Lunatic asylums Bombay report 1891-1903 - 1891-1903
Year: 1891
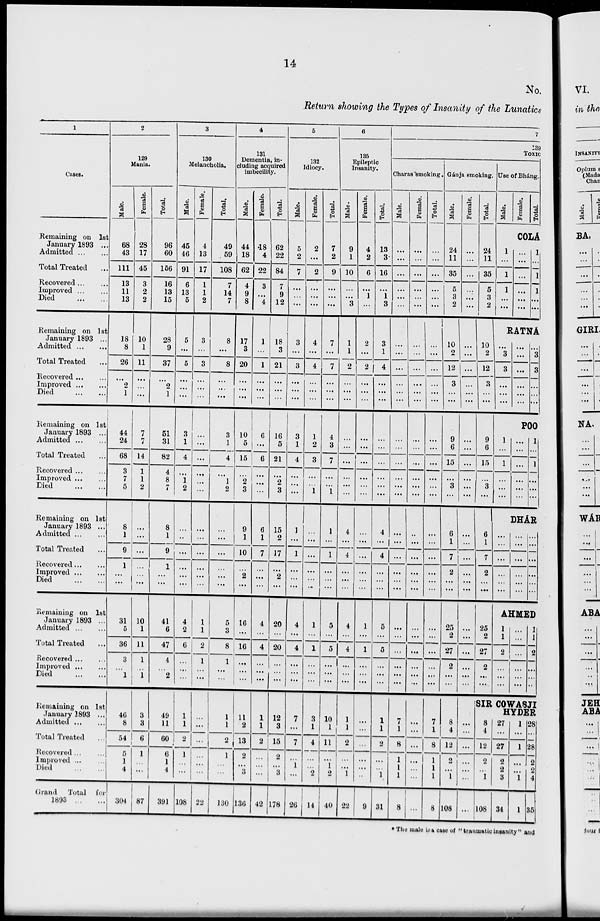
14
No.
Return showing the Types of Insanity of the Lunatics
1
Cases.
Remaining on 1st
January 1893 ...
Admitted
...
...
Total Treated ...
Recovered ... ...
Improved
...
...
Died
...
...
Remaining on 1st
January 1893 ...
Admitted
...
...
Total Treated ...
Recovered ... ...
Improved
...
...
Died
...
...
Remaining on 1st
January 1893 ...
Admitted
...
...
Total Treated ...
Recovered ... ...
Improved ... ...
Died
...
...
Remaining
on 1st
January 1893 ...
Admitted ... ...
Total Treated ...
Recovered ... ...
Improved
...
...
Died ... ...
Remaining on 1st
January 1893 ...
Admitted
...
...
Total Treated ...
Recovered ... ...
Improved
...
...
Died ... ...
Remaining on 1st
January 1893 ...
Admitted
...
...
Total Treated ...
Recovered ... ...
Improved ... ...
Died
...
...
Grand
Total for
1893
...
...
2
129
Mania.
Male.
68
43
111
13
11
13
18
8
26
...
2
1
44
24
68
3
7
5
8
1
9
1
...
...
31
5
36
3
...
1
46
8
54
5
1
4
304
Female.
28
17
45
3
2
2
10
1
11
...
...
...
7
7
14
1
1
2
...
...
...
...
...
...
10
1
11
1
...
1
3
3
6
1
...
...
87
Total.
96
60
166
16
13
15
28
9
37
...
2
1
51
31
82
4
8
7
8
1
9
1
...
...
41
6
47
4
...
2
49
11
60
6
1
4
391
3
130
Melancholia.
Male.
45
46
91
6
13
5
5
...
5
...
...
...
3
1
4
. . .
1
2
...
...
...
...
...
...
4
2
6
...
...
...
1
1
2
1
...
...
108
Female.
4
13
17
1
1
2
3
...
3
...
...
...
...
...
...
...
...
...
...
...
...
...
...
...
1
1
2
1
...
...
...
...
...
...
...
...
22
Total.
49
59
108
7
14
7
8
...
8
...
...
...
3
1
4
...
1
2
...
...
...
...
...
...
5
3
8
1
...
...
1
1
2
1
...
...
130
4
131
Dementia, in-
cluding acquired
imbecility.
Male.
44
18
62
4
9
8
17
3
20
...
...
...
10
5
15
...
2
3
9
1
10
...
2
...
16
...
16
...
...
...
11
2
13
2
3
136
Female.
18
4
22
3
...
4
1
...
1
...
...
...
6
...
6
...
....
...
6
1
7
...
...
...
4
...
4
...
...
...
1
1
2
...
...
...
42
Total.
62
22
84
7
9
12
18
3
21
...
...
...
16
5
21
...
2
3
15
2
17
...
2
...
20
...
20
...
...
...
12
3
15
2
...
3
178
5
132
Idiocy.
Male.
5
2
7
...
...
...
3
...
3
...
...
...
3
1
4
...
...
...
1
...
1
...
...
...
4
...
4
...
...
...
7
...
7
...
1
...
26
Female.
2
...
2
...
...
...
4
. . .
4
...
...
...
1
2
3
...
...
1
...
...
...
...
...
...
1
...
1
...
...
...
3
1
4
...
...
2
14
Total.
7
2
9
...
...
...
7
. . .
7
...
...
...
4
3
7
...
. . .
1
1
...
1
...
...
...
5
...
5
...
...
...
10
1
11
...
1
2
40
6
135
Epileptic
Insanity.
Male.
9
1
10
...
...
3
1
1
2
...
...
...
...
...
...
...
...
...
4
...
4
...
...
...
4
...
4
...
...
...
1
1
2
...
...
1
22
Female.
4
2
6
...
1
...
2
...
2
...
...
...
...
...
...
...
...
...
...
...
...
...
...
...
1
...
1
...
...
...
...
...
...
...
...
..
9
Total.
13
3
16
...
1
3
3
1
4
. . .
...
...
...
...
...
...
...
...
4
...
4
...
...
...
5
...
5
...
...
...
1
1
2
...
...
1
31
7
139
Toxic
Charas smoking.
Male.
...
...
...
...
...
...
...
...
...
...
...
...
...
...
...
...
...
...
...
...
...
...
...
...
...
...
...
...
...
7
1
8
1
1
1
8
Female.
...
...
...
...
...
...
...
...
...
...
...
...
...
...
...
...
...
...
...
...
. ..
. ..
. . .
. . .
...
...
...
...
...
...
...
...
...
...
...
...
...
Total.
....
...
...
...
...
...
...
...
...
...
...
...
...
...
...
...
.. .
...
...
...
...
. . .
...
...
...
...
...
...
...
...
7
1
8
1
1
1
8
Gánja smoking.
Male.
24
11
35
5
3
2
10
2
12
3
...
...
9
6
15
...
3
...
6
1
7
2
...
...
25
2
27
2
...
...
8
4
12
2
...
1
108
Female.
...
...
...
...
...
...
. . .
...
...
...
...
...
...
...
...
...
...
Total.
24
11
35
5
3
2
10
2
12
3
...
...
9
6
15
...
3
...
...
...
...
...
...
...
...
...
...
...
...
...
...
...
...
...
...
...
...
6
1
7
2
...
...
25
2
27
2
...
...
Use of Bháng.
Male.
Female.
Total.
COLA'
1
...
1
1
...
...
...
...
...
...
...
...
1
...
1
1
...
...
RATNA'
...
3
3
...
...
...
...
...
...
...
...
...
...
3
3
...
...
...
POO
1
...
1
...
...
...
...
...
...
...
...
...
1
...
1
...
...
...
DEA'R
...
...
...
...
...
...
...
...
...
...
...
...
...
...
...
...
...
...
AHMED
1
1
2
...
...
...
...
...
...
...
...
...
1
1
2
...
...
...
SIR COWASJI
HYDER
8
4
12
2
...
1
108
27
...
27
2
2
3
34
1
...
1
...
...
1
1
28
...
28
2
2
4
35
*The male is a case of "traumatic insanity " and